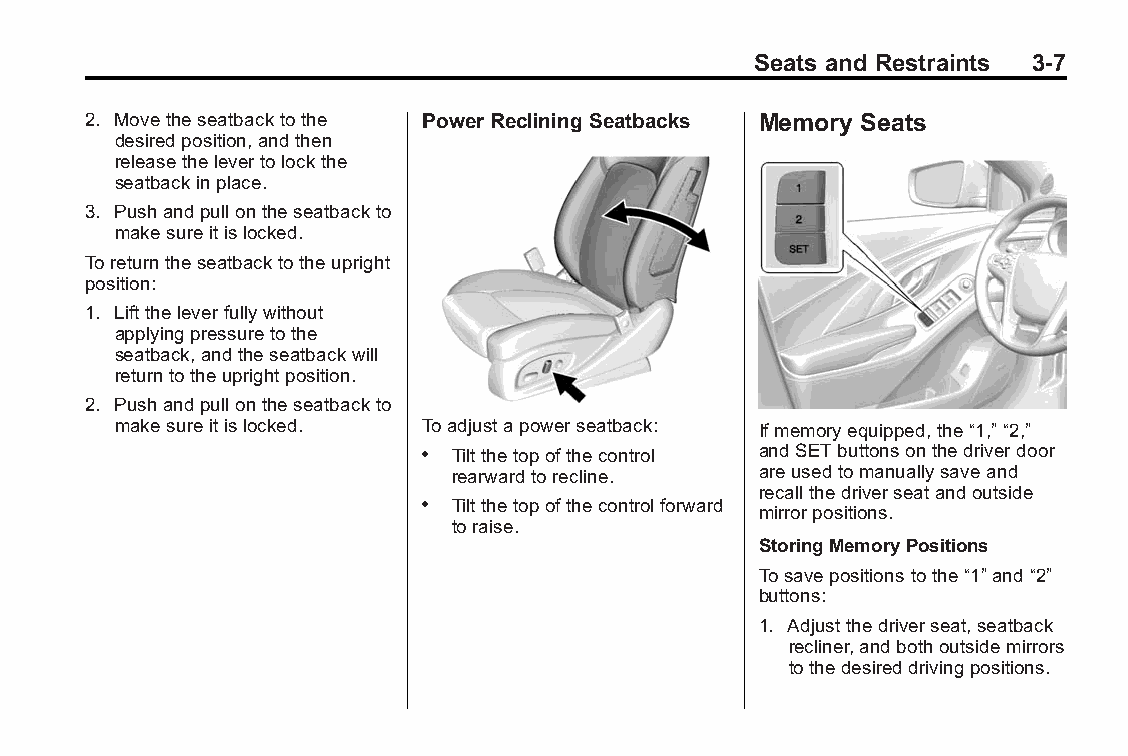
Buick LaCrosse Owner Manual (GMNA-Localizing-U.S./Canada/Mexico- Blackplate(7,1)
 6043609)-2014-2ndEdition-10/17/13
 Seats and Restraints 3-7
 2. Movetheseatbacktothe Power Reclining Seatbacks Memory Seats
 desiredposition,andthen
 releasethelevertolockthe
 seatbackinplace.
 3. Pushandpullontheseatbackto
 makesureitislocked.
 Toreturntheseatbacktotheupright
 position:
 1. Lifttheleverfullywithout
 applyingpressuretothe
 seatback,andtheseatbackwill
 returntotheuprightposition.
 2. Pushandpullontheseatbackto
 makesureitislocked.  Toadjustapowerseatback: Ifmemoryequipped,the“1,”“2,”
 . Tiltthetopofthecontrol andSETbuttonsonthedriverdoor
 rearwardtorecline.  areusedtomanuallysaveand
 recallthedriverseatandoutside
 . Tiltthetopofthecontrolforward
 mirrorpositions.
 toraise.
 StoringMemoryPositions
 Tosavepositionstothe“1”and“2”
 buttons:
 1. Adjustthedriverseat,seatback
 recliner,andbothoutsidemirrors
 tothedesireddrivingpositions.